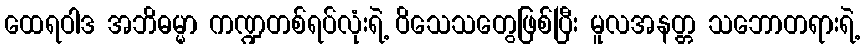
ထေရဝါဒ အဘိဓမ္မာ ကဏ္ဍတစ်ရပ်လုံးရဲ့ ဝိသေသတွေဖြစ်ပြီး မူလအနတ္တ သဘောတရားရဲ့